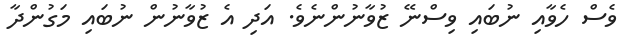
ވެސް ހެވާއި ނުބައި ވިސްނޭ ޒުވާނުންނެވެ. އަދި އެ ޒުވާނުން ނުބައި މަގުންދާ